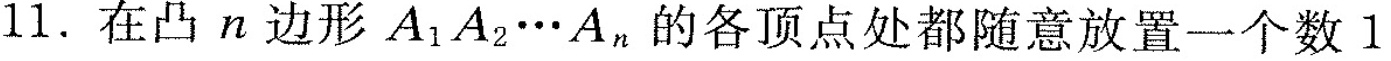
11. 在凸n边形A_{1}A_{2}…A_{n}。的各顶点处都随意放置一个数1